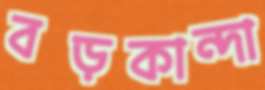
বড়কান্দা